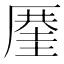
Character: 𠪤